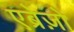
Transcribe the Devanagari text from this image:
एब्रेज़ो